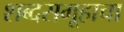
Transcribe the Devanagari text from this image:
शब्दसमूहाचा